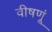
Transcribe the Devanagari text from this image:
वीषणूं